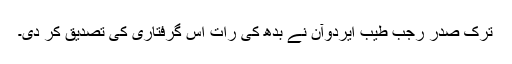
ترک صدر رجب طیب ایردوآن نے بدھ کی رات اس گرفتاری کی تصدیق کر دی۔